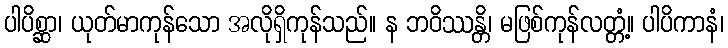
ပါပိစ္ဆာ၊ ယုတ်မာကုန်သော အလိုရှိကုန်သည်။ န ဘဝိဿန္တိ၊ မဖြစ်ကုန်လတ္တံ့။ ပါပိကာနံ၊